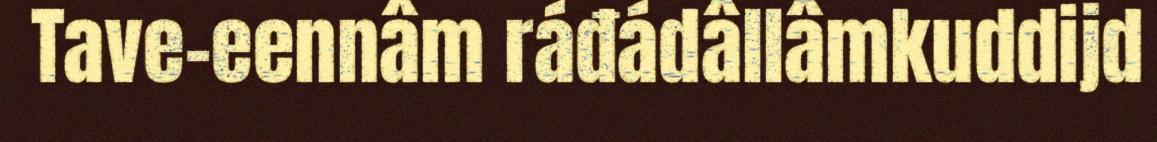
Tave-eennâm ráđádâllâmkuddijd